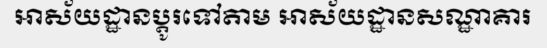
អាស័យដ្ឋានប្តូរទៅតាម អាស័យដ្ឋានសណ្ឋាគារ